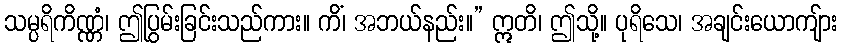
သမ္ပရိကိဏ္ဏံ၊ ဤပြွမ်းခြင်းသည်ကား။ ကိံ၊ အဘယ်နည်း။” ဣတိ၊ ဤသို့။ ပုရိသေ၊ အချင်းယောကျ်ား